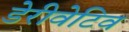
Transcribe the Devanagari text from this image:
डेरीवेटिव